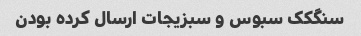
سنگکک سبوس و سبزیجات ارسال کرده بودن